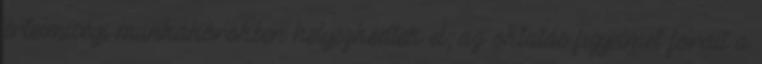
értelmiségi munkakörökben helyezkedtek el, az oktatás figyelmet fordít a